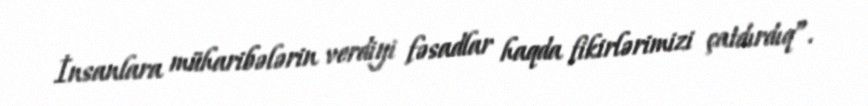
İnsanlara müharibələrin verdiyi fəsadlar haqda fikirlərimizi çatdırdıq”.